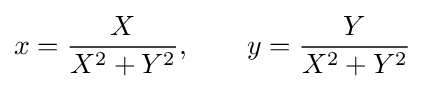
x={\frac {X}{X^{2}+Y^{2}}},\qquad y={\frac {Y}{X^{2}+Y^{2}}}